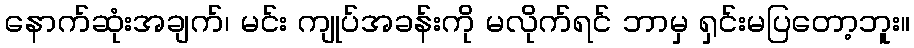
နောက်ဆုံးအချက်၊ မင်း ကျုပ်အခန်းကို မလိုက်ရင် ဘာမှ ရှင်းမပြတော့ဘူး။